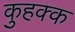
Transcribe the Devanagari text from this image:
कुहक्क